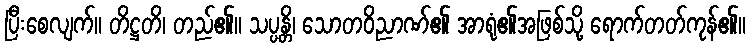
ပြီးစေလျက်။ တိဋ္ဌတိ၊ တည်၏။ သပ္ပန္တိ၊ သောတဝိညာဏ်၏ အာရုံ၏အဖြစ်သို့ ရောက်တတ်ကုန်၏။